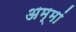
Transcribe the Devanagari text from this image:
अम्‍मां